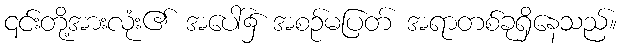
၎င်းတို့အားလုံး၏ အပေါ်၌ အစဉ်မပြတ် အရာတစ်ခုရှိနေသည်။